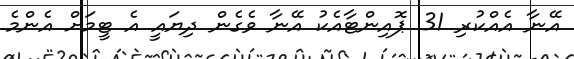
އޭނާ އެއްކުރި 31 ޕޮއިންޓާއެކު އޭނާ ވެގެން ދިޔައީ އެ ޓީމަށް އެންމެ